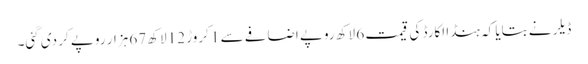
ڈیلر نے بتایا کہ ہنڈا اکارڈ کی قیمت 6 لاکھ روپے اضافے سے 1 کروڑ 12 لاکھ 67 ہزار روپے کر دی گئی۔